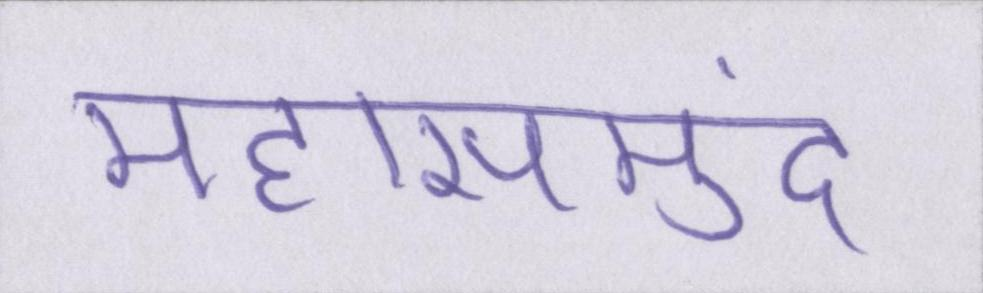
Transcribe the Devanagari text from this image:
महासमुंद